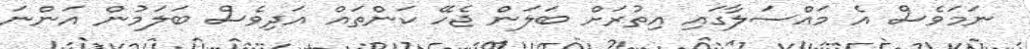
ނަމަވެސް އެ މައްސަލާގައި އިތުރަށް ބަލަން ޖެހޭ ކަންތައް އަދިވެސް ބަލަމުން އަންނަ